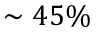
\sim 4 5 \%